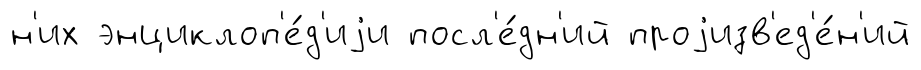
н'их энциклоп'е́д'иjи посл'е́дн'ий проjизв'ед'е́н'ий